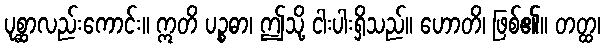
ပုစ္ဆာလည်းကောင်း။ ဣတိ ပဉ္စဓာ၊ ဤသို့ ငါးပါးရှိသည်။ ဟောတိ၊ ဖြစ်၏။ တတ္ထ၊